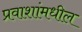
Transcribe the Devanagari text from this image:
प्रवाशांमधील